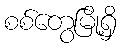
စစ်တွေမြို့ရှိ